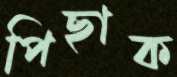
পিছাক